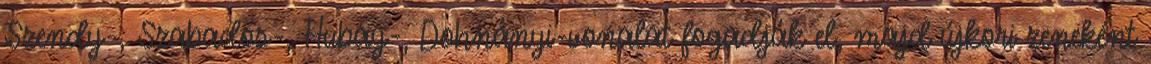
Szendy-, Szabados-, Hubay-, Dohnányi-vonalat fogadják el, majd újkori zeneként